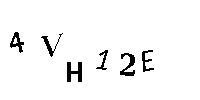
4VH12E